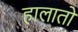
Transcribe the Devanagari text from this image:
हालातो